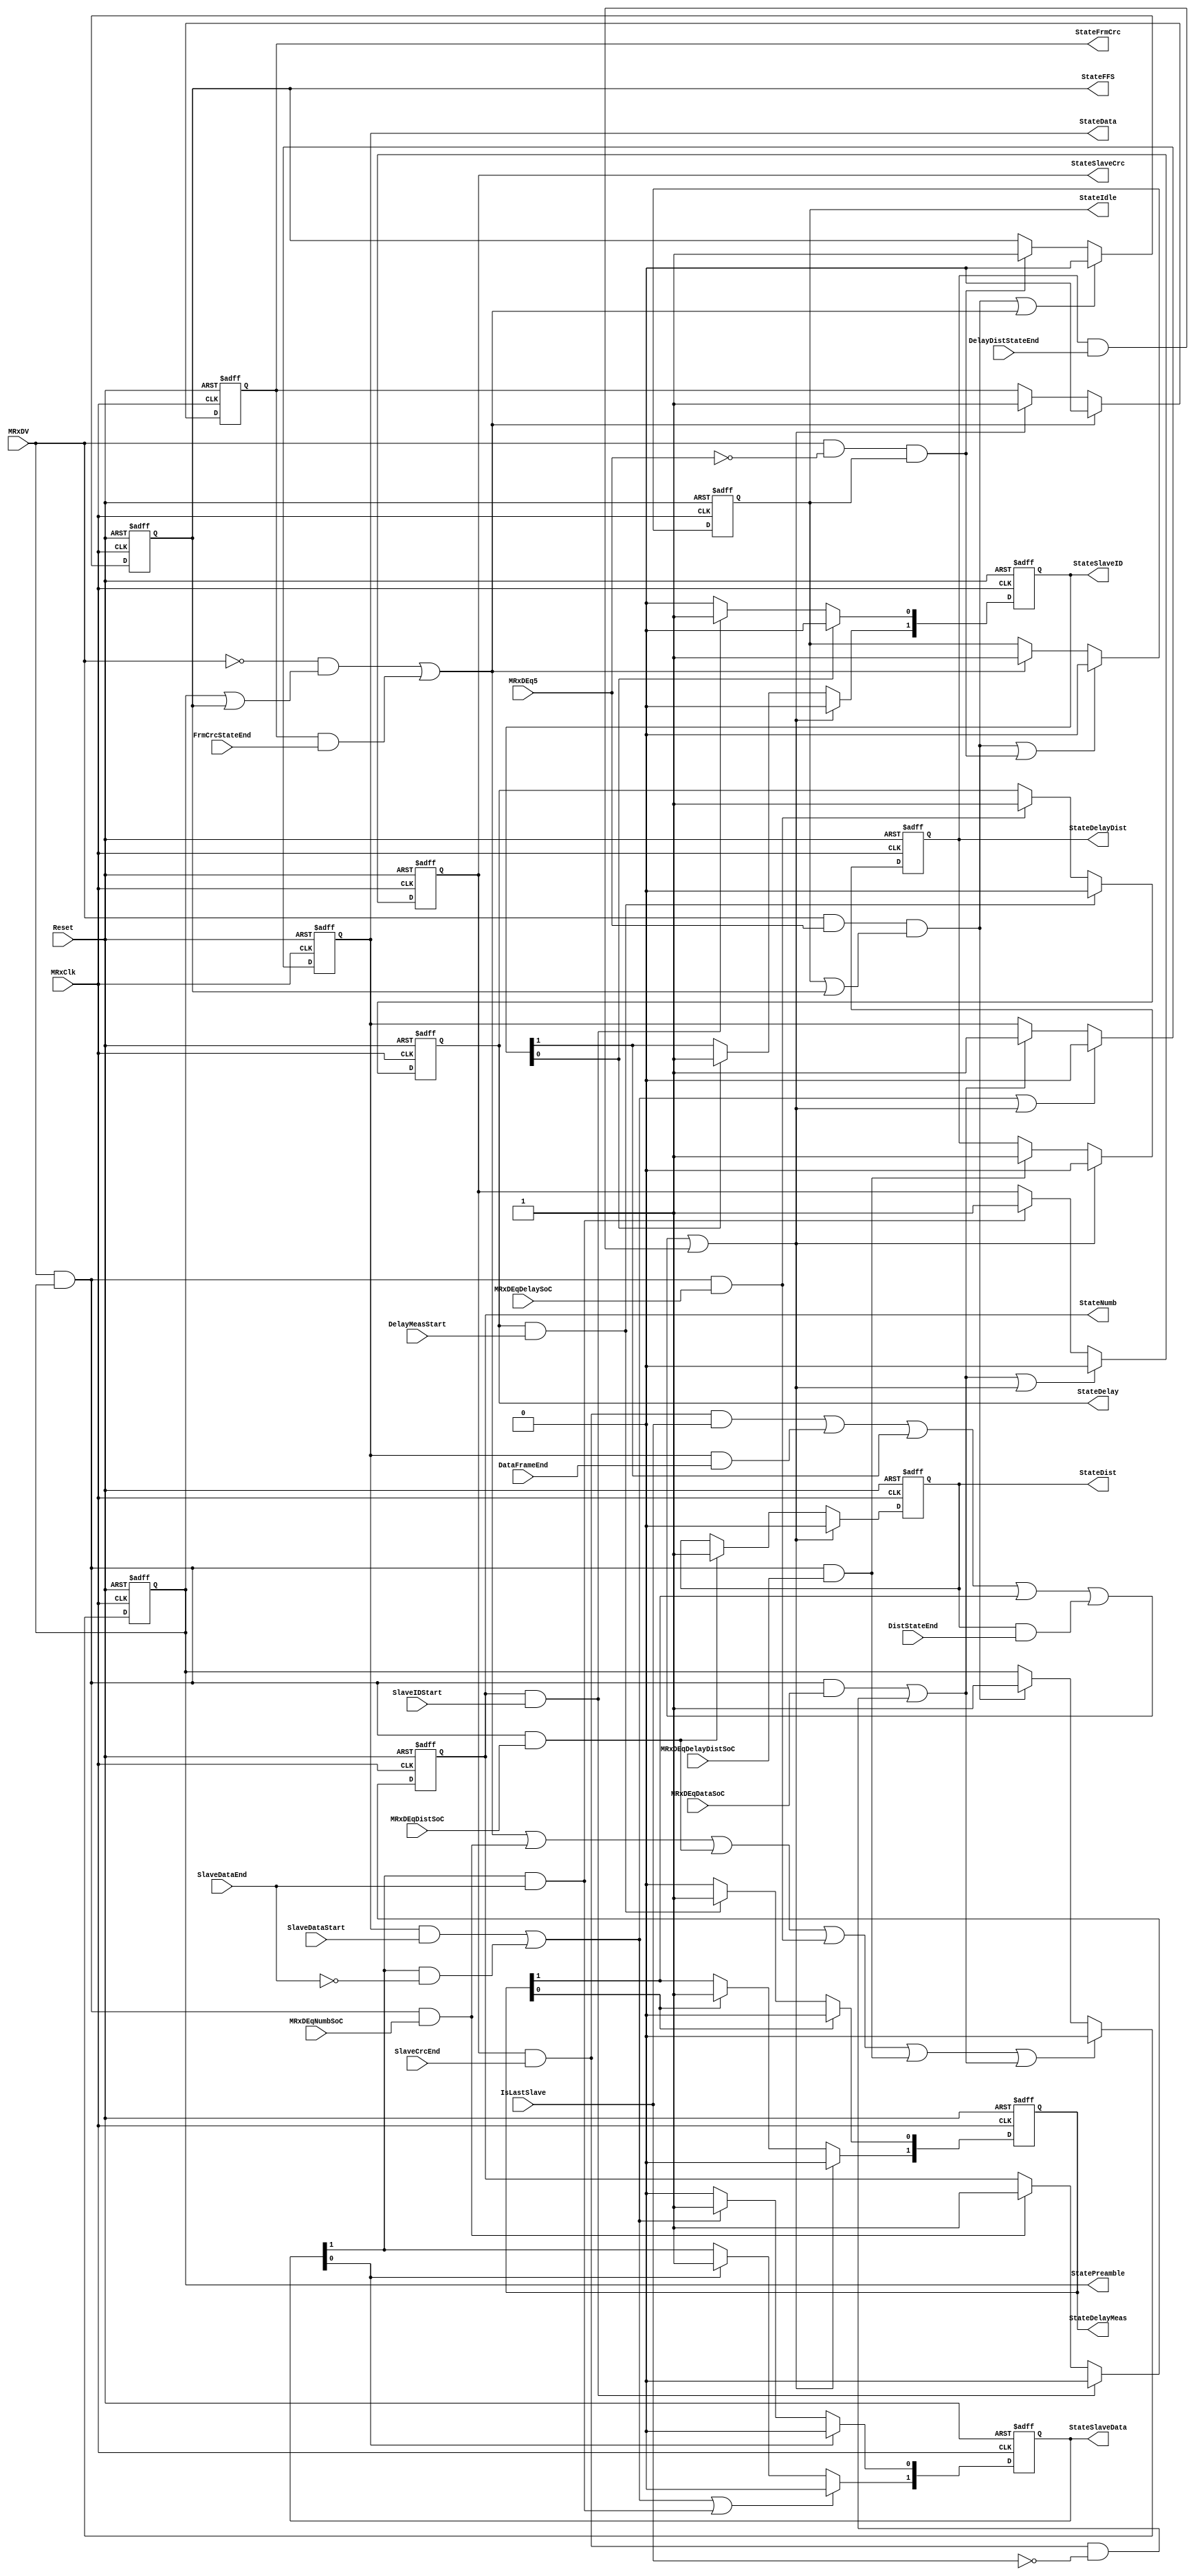
module fb_slave_statem (MRxClk, Reset, MRxDV, MRxDEq5, MRxDEqDataSoC, MRxDEqNumbSoC, MRxDEqDistSoC, MRxDEqDelaySoC, MRxDEqDelayDistSoC, SlaveIDStart, DelayMeasStart,
                        DistStateEnd, DelayDistStateEnd, SlaveDataStart, SlaveDataEnd, SlaveCrcEnd, IsLastSlave, DataFrameEnd, FrmCrcStateEnd,
                        StateIdle, StatePreamble, StateFFS, StateNumb, StateSlaveID, StateDist, StateDelay, StateDelayMeas, StateDelayDist, StateData, StateSlaveData,
                        StateSlaveCrc, StateFrmCrc
                    );

input         MRxClk;
input         Reset;
input         MRxDV;

input         MRxDEq5;
input         MRxDEqDataSoC;
input         MRxDEqNumbSoC;
input         MRxDEqDistSoC;
input         MRxDEqDelaySoC;
input         MRxDEqDelayDistSoC;
input         SlaveIDStart;
input         DelayMeasStart;
input         DistStateEnd;
input         DelayDistStateEnd;
input         SlaveDataStart;    //SlaveDataStart = TotalNibCnt == SlaveDataStartCnt; 
input         SlaveDataEnd;      // SlaveDataEnd = TotalNibCnt == SlaveDataEndCnt;
input         SlaveCrcEnd;
input         IsLastSlave; 
input         DataFrameEnd;     //DataFrameEnd = (TotalNibCnt ==(TotalNibFrameCnt - 1'b1));
input         FrmCrcStateEnd;

output        StateIdle;
output        StateFFS;
output        StatePreamble;
output        StateNumb;
output  [1:0] StateSlaveID;
output        StateDist;
output        StateDelay;
output  [1:0] StateDelayMeas;
output        StateDelayDist;
output        StateData;
output  [1:0] StateSlaveData;
output        StateSlaveCrc;
output        StateFrmCrc;

reg           StateIdle;
reg           StateFFS;
reg           StatePreamble;
reg           StateNumb;
reg    [1:0]  StateSlaveID;
reg           StateDist;
reg           StateDelay;
reg    [1:0]  StateDelayMeas;
reg           StateDelayDist;
reg           StateData;
reg    [1:0]  StateSlaveData;
reg           StateSlaveCrc;
reg           StateFrmCrc;

wire          StartIdle;
wire          StartFFS;
wire          StartPreamble;
wire          StartNumb;
wire   [1:0]  StartSlaveID;
wire          StartDist;
wire          StartDelay;
wire   [1:0]  StartDelayMeas;
wire          StartDelayDist;
wire          StartData;
wire   [1:0]  StartSlaveData;
wire          StartSlaveCrc;
wire          StartFrmCrc;

// Defining the next state
assign StartIdle         = ~MRxDV & ( StatePreamble | StateFFS ) | (StateFrmCrc & FrmCrcStateEnd) ;

assign StartFFS          = MRxDV & ~MRxDEq5 & StateIdle;

assign StartPreamble     = MRxDV & MRxDEq5 & (StateIdle | StateFFS);

assign StartData         = (MRxDV & StatePreamble & MRxDEqDataSoC)|(StateSlaveCrc & SlaveCrcEnd & ~IsLastSlave);

assign StartNumb         =  MRxDV & StatePreamble & MRxDEqNumbSoC ;

assign StartSlaveID[0]   = StateNumb & SlaveIDStart ;

assign StartSlaveID[1]   = StateSlaveID[0];

assign StartDist         =  MRxDV & StatePreamble & MRxDEqDistSoC ;

assign StartDelay        =  MRxDV & StatePreamble & MRxDEqDelaySoC ;

assign StartDelayMeas[0] = StateDelay & DelayMeasStart ;

assign StartDelayMeas[1] = StateDelayMeas[0];

assign StartDelayDist    =  MRxDV & StatePreamble & MRxDEqDelayDistSoC ;

assign StartSlaveData[0] = StateData & SlaveDataStart | StateSlaveData[1] & ~SlaveDataEnd;
 
assign StartSlaveData[1] =  StateSlaveData[0]; 

assign StartSlaveCrc     = StateSlaveData[1] & SlaveDataEnd;
 
assign StartFrmCrc       = StateSlaveCrc & SlaveCrcEnd & IsLastSlave | StateData & DataFrameEnd | StateSlaveID[1] | StateDelayMeas[1] | (StateDist & DistStateEnd)| (StateDelayDist & DelayDistStateEnd);  

// Rx State Machine
always @ (posedge MRxClk or posedge Reset)
begin
  if(Reset)
    begin
      StateIdle       <=  1'b1;
      StateFFS        <=  1'b0;
      StatePreamble   <=  1'b0;
      StateNumb       <=  1'b0;
      StateSlaveID    <=  2'b0;
      StateDelay      <=  1'b0;
      StateDelayMeas  <=  2'b0;
      StateDelayDist  <=  1'b0;
      StateDist       <=  1'b0;
      StateData       <=  1'b0;
      StateSlaveData  <=  2'b0;
      StateSlaveCrc   <=  1'b0;
      StateFrmCrc     <=  1'b0;
    end
  else
    begin
      if(StartPreamble | StartFFS)
        StateIdle <=  1'b0;
      else
      if(StartIdle)
        StateIdle <=  1'b1;
      
      if(StartPreamble | StartIdle)
        StateFFS <=  1'b0;
      else
      if(StartFFS)
        StateFFS <=  1'b1;
      
      if(  StartIdle | StartNumb | StartDist | StartDelay | StartDelayDist | StartData )
        StatePreamble <=  1'b0;
      else
      if(StartPreamble)
        StatePreamble <=  1'b1;
     
      if(StartSlaveID[0])
        StateNumb <=  1'b0;
      else
      if(StartNumb)
        StateNumb <=  1'b1;
      
      if(StartSlaveID[1])
        StateSlaveID[0] <=  1'b0;
      else
      if(StartSlaveID[0])
        StateSlaveID[0] <=  1'b1;
      
      if(StartFrmCrc)
        StateSlaveID[1] <=  1'b0;
      else
      if(StartSlaveID[1])
        StateSlaveID[1] <=  1'b1;
     
      if(StartFrmCrc)
        StateDist <=  1'b0;
      else
      if(StartDist)
        StateDist <=  1'b1;
        
      if(StartDelayMeas[0])
        StateDelay <=  1'b0;
      else
      if(StartDelay)
        StateDelay <=  1'b1;
        
      if(StartDelayMeas[1])
        StateDelayMeas[0] <=  1'b0;
      else
      if(StartDelayMeas[0])
        StateDelayMeas[0] <=  1'b1;
      
     if(StartFrmCrc)
        StateDelayMeas[1] <=  1'b0;
      else
      if(StartDelayMeas[1])
        StateDelayMeas[1] <=  1'b1;
        
     if(StartFrmCrc)
        StateDelayDist    <=  1'b0;
      else
      if(StartDelayDist)
        StateDelayDist    <=  1'b1;
        
     if(StartSlaveData[0] | StartFrmCrc)
        StateData <=  1'b0;
      else
      if(StartData)
        StateData <=  1'b1;
      
      if(StartSlaveData[1] )
        StateSlaveData[0] <=  1'b0;
      else
      if(StartSlaveData[0])
        StateSlaveData[0] <=  1'b1;
        
     if(StartSlaveData[0] | StartSlaveCrc)
        StateSlaveData[1]  <=  1'b0;
      else
      if(StartSlaveData[1])
        StateSlaveData[1] <=  1'b1;
      
      if(StartData | StartFrmCrc)
        StateSlaveCrc    <=  1'b0;
      else
      if(StartSlaveCrc)
        StateSlaveCrc <=  1'b1;
      
      if(StartIdle)
        StateFrmCrc <=  1'b0;
      else
      if(StartFrmCrc)
        StateFrmCrc   <=  1'b1;
      
    end
end

endmodule